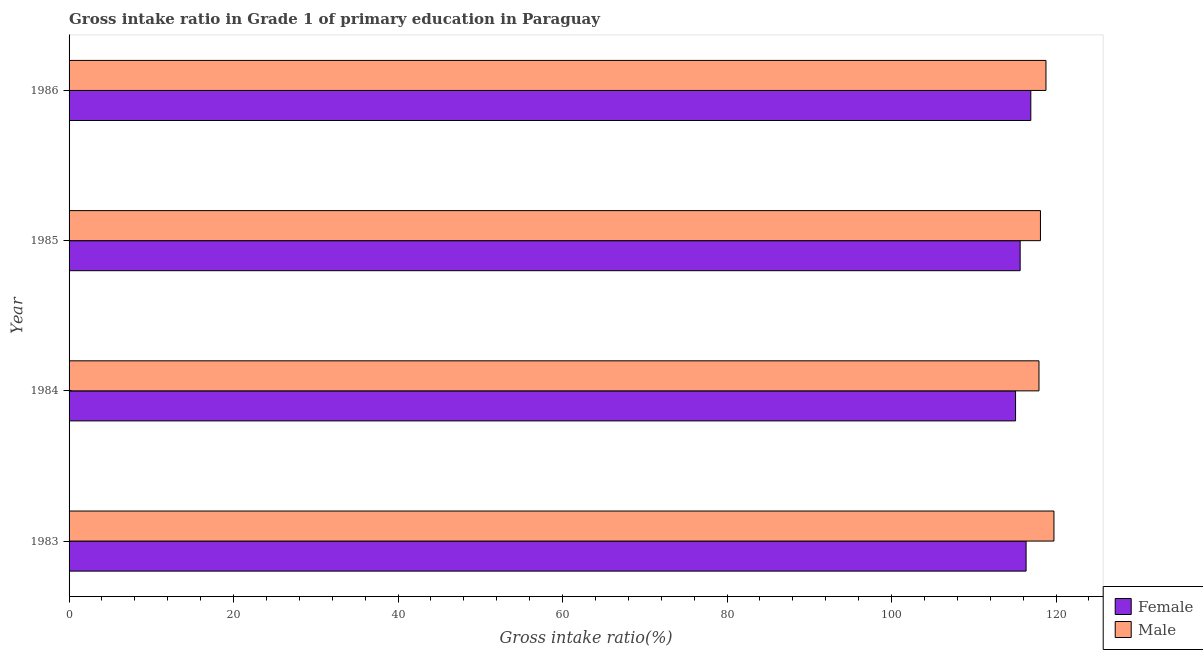
| Year | Female | Male |
 | --- | --- | --- |
 | 1983 | 116 | 120 |
 | 1984 | 115 | 118 |
 | 1985 | 116 | 118 |
 | 1986 | 117 | 119 |